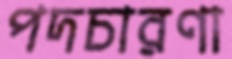
পদচারণা